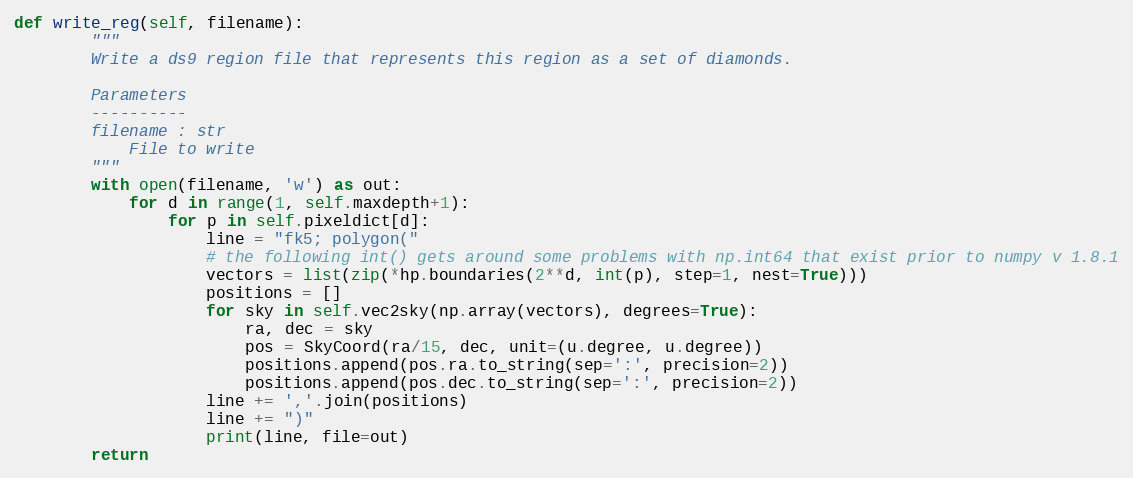
Language: Python
def write_reg(self, filename):
        """
        Write a ds9 region file that represents this region as a set of diamonds.

        Parameters
        ----------
        filename : str
            File to write
        """
        with open(filename, 'w') as out:
            for d in range(1, self.maxdepth+1):
                for p in self.pixeldict[d]:
                    line = "fk5; polygon("
                    # the following int() gets around some problems with np.int64 that exist prior to numpy v 1.8.1
                    vectors = list(zip(*hp.boundaries(2**d, int(p), step=1, nest=True)))
                    positions = []
                    for sky in self.vec2sky(np.array(vectors), degrees=True):
                        ra, dec = sky
                        pos = SkyCoord(ra/15, dec, unit=(u.degree, u.degree))
                        positions.append(pos.ra.to_string(sep=':', precision=2))
                        positions.append(pos.dec.to_string(sep=':', precision=2))
                    line += ','.join(positions)
                    line += ")"
                    print(line, file=out)
        return